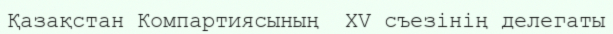
Қазақстан Компартиясының  XV съезінің делегаты